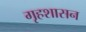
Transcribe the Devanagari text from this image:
गृहशासन